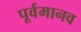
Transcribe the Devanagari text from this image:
पूर्वमानव